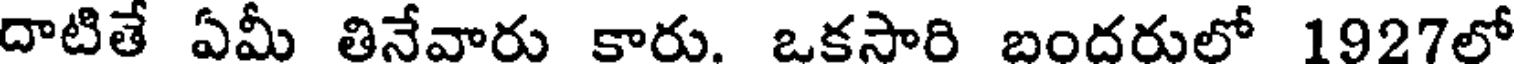
దాటితే ఏమీ తినేవారు కారు. ఒకసారి బందరులో 1927లో